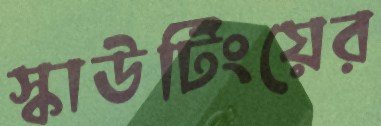
স্কাউটিংয়ের